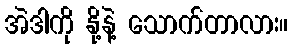
အဲဒါကို နို့နဲ့ သောက်တာလား။